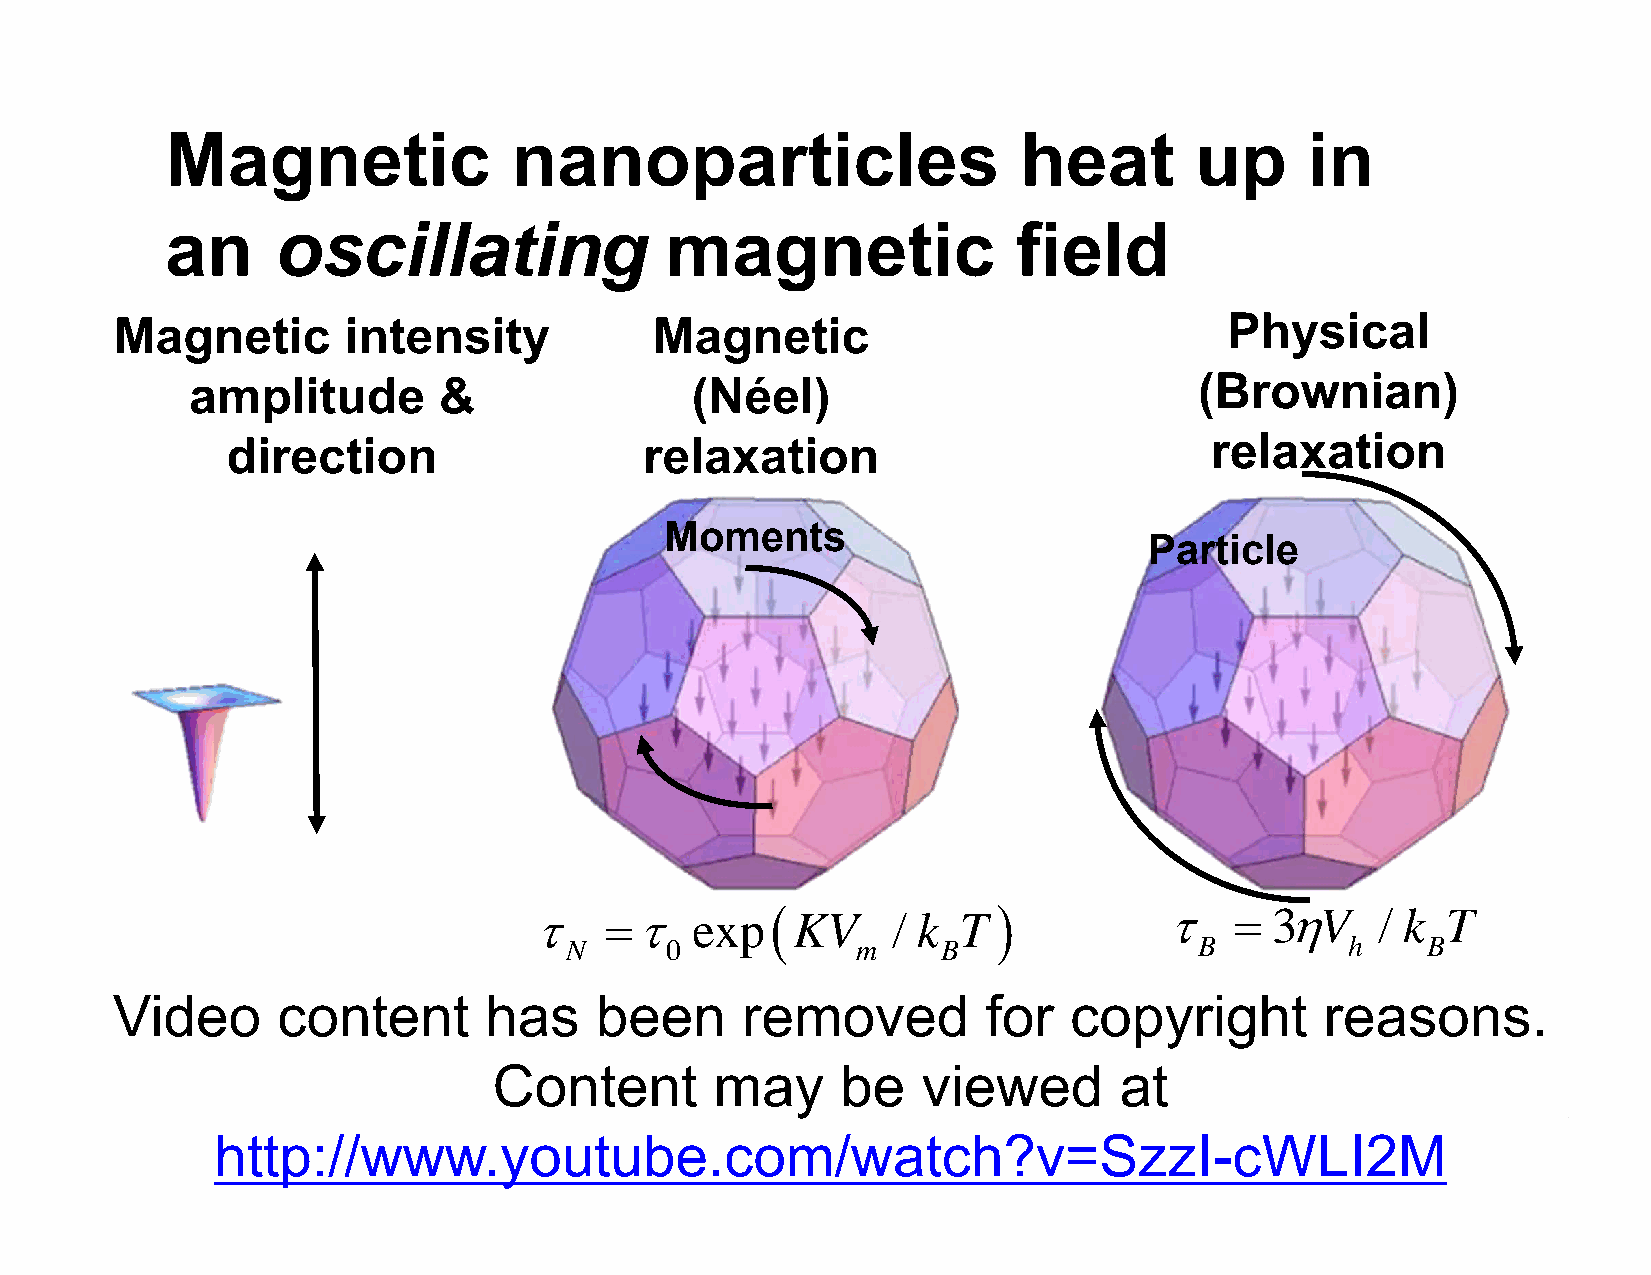
Magnetic               nanoparticles                    heat        up      in
 an     oscillating               magnetic               field
 Magnetic       intensity           Magnetic                              Physical
 amplitude       &                (Néel)                           (Brownian)
 direction                   relaxation                           relaxation
 Moments
 Particle
         exp  KV     / k T                 3V    / k  T
 N      0            m    B                B         h    B
 Video      content       has    been      removed         for   copyright        reasons.
 Content       may      be   viewed       at
 http://www.youtube.com/watch?v=SzzI-cWLI2M